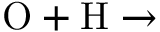
\mathrm { O + H \rightarrow }